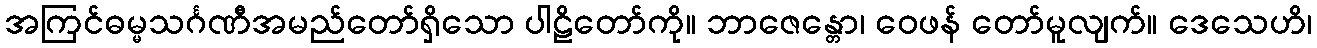
အကြင်ဓမ္မသင်္ဂဏီအမည်တော်ရှိသော ပါဠိတော်ကို။ ဘာဇေန္တော၊ ဝေဖန် တော်မူလျက်။ ဒေသေဟိ၊